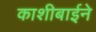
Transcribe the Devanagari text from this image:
काशीबाईने